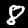
Label: 8